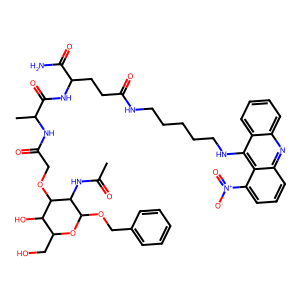
SMILES: CC(=O)NC1C(OCc2ccccc2)OC(CO)C(O)C1OCC(=O)NC(C)C(=O)NC(CCC(=O)NCCCCCNc1c2ccccc2nc2cccc([N+](=O)[O-])c12)C(N)=O
Inhibits HIV replication: No